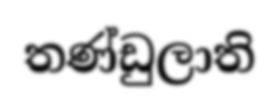
තණ්ඩුලාති